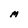
Character: M